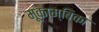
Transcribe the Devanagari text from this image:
मूकाम्‍बिका